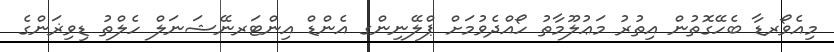
މިއެވޯރޑާ ބެހޭގޮތުން އިތުރު މަޢުލޫމާތު ހޯއްދެވުމަށް ޕްލޭނިންގ އެންޑް އިންޓަރނޭޝަނަލް ހެލްތު ޑިވިޜަންގެ